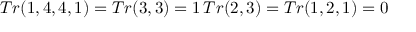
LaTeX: T r ( 1 , 4 , 4 , 1 ) = T r ( 3 , 3 ) = 1 \, T r ( 2 , 3 ) = T r ( 1 , 2 , 1 ) = 0